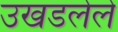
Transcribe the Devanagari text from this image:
उखडलेले